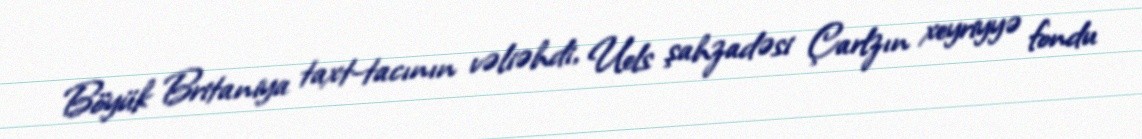
Böyük Britaniya taxt-tacının vəliəhdi, Uels şahzadəsi Çarlzın xeyriyyə fondu